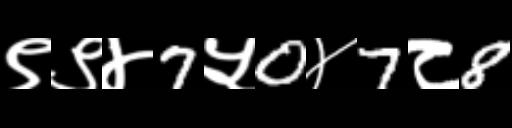
Text: ९९४7५0४7८8